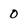
Character: 0